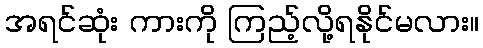
အရင်ဆုံး ကားကို ကြည့်လို့ရနိုင်မလား။